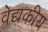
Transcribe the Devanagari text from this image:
वेद्यकीय